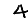
Digit: 4